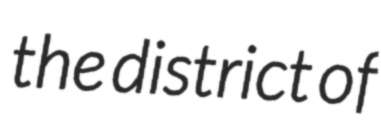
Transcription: the district of